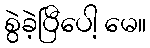
စွဲခဲ့ပြီပေါ့ မေ။